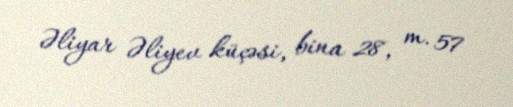
Əliyar Əliyev küçəsi, bina 28, m. 57